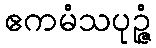
ဧကမံသပုဉ္ဇံ